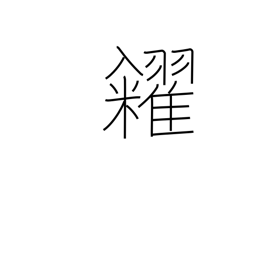
Meaning: sell (grain)